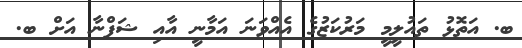
ބ. އަތޮޅު ތައުލީމީ މަރުކަޒުގެ އެއްވަނަ އަމާނީ އާއި ޝަފްނާ އަށް ބ.